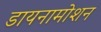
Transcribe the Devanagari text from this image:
डायनामोशन